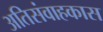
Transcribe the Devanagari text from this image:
अतिसंवाहकास